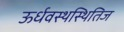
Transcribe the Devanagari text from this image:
ऊर्धवस्थस्थितिज